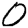
Digit: 0